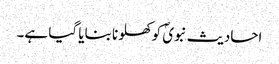
احادیث نبویؐ کو کھلونا بنایا گیا ہے۔